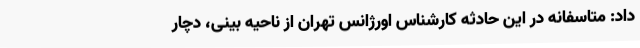
داد: متاسفانه در این حادثه کارشناس اورژانس تهران از ناحیه بینی، دچار